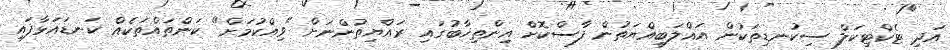
އަދި ޓެކްޓިކަލް ސިކުނޑިތަކުން އަޣްލަބިއްޔަތުން ފާސްކޮށް އިންތިޚާބުގައި ރައްޔިތުންނަށް "ވިއްކުމަށް" ކަންތައްތަކެއް ކަނޑައަޅާފައި